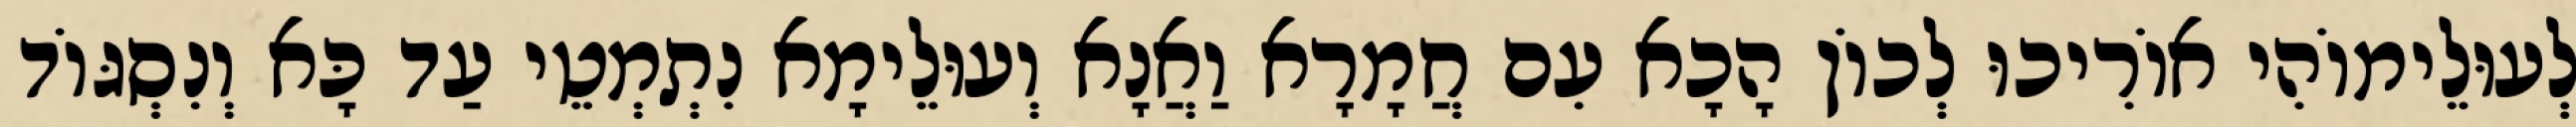
לְעוּלֵימוֹהִי אוֹרִיכוּ לְכוֹן הָכָא עִם חֲמָרָא וַאֲנָא וְעוּלֵימָא נִתְמְטֵי עַד כָּא וְנִסְגּוֹד